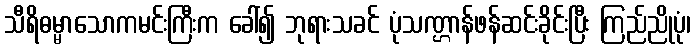
သီရိဓမ္မာသောကမင်းကြီးက ခေါ်၍ ဘုရားသခင် ပုံသဏ္ဌာန်ဖန်ဆင်းခိုင်းပြီး ကြည်ညိုပုံ၊